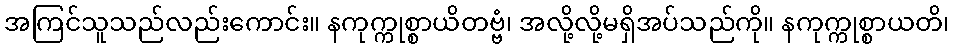
အကြင်သူသည်လည်းကောင်း။ နကုက္ကုစ္စာယိတဗ္ဗံ၊ အလို့လို့မရှိအပ်သည်ကို။ နကုက္ကုစ္စာယတိ၊